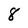
Character: 8